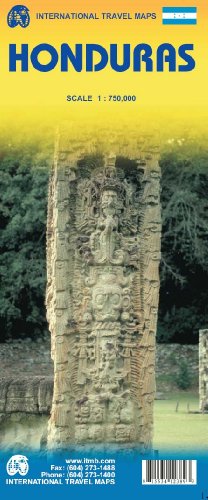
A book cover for Honduras 1:750,000 Travel Map (International Travel Maps); ITM Canada; Travel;